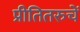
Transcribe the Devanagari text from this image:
प्रीतितरुचें